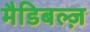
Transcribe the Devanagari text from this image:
मैडिबल्ज़